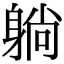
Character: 躺